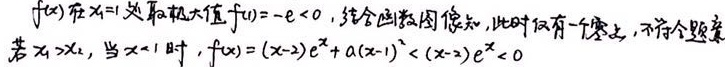
$f(x)$在$x = 1$处取极大值$f(0)=-e<0$，结合函数图像知，此时仅有一个零点，不符合题意
若$x_1>x_2$，当$x < 1$时，$f(x)=(x - 2)e^{x}+a(x - 1)^{2}<(x - 2)e^{x}<0$